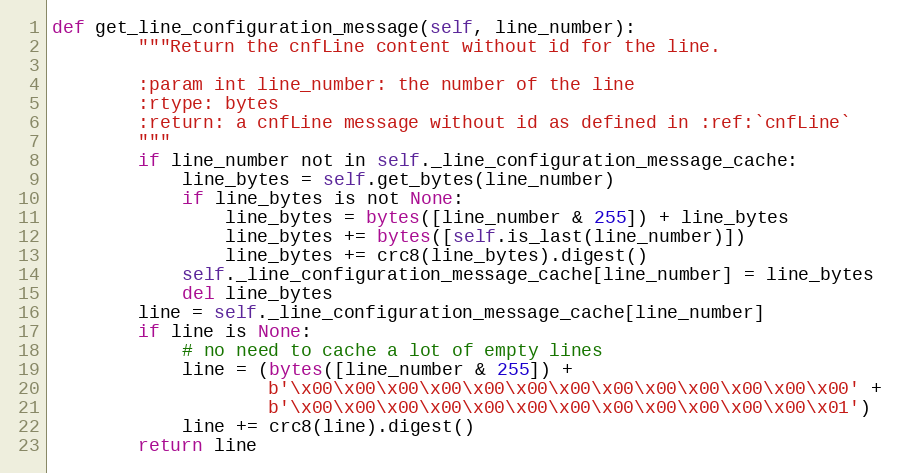
Language: Python
def get_line_configuration_message(self, line_number):
        """Return the cnfLine content without id for the line.

        :param int line_number: the number of the line
        :rtype: bytes
        :return: a cnfLine message without id as defined in :ref:`cnfLine`
        """
        if line_number not in self._line_configuration_message_cache:
            line_bytes = self.get_bytes(line_number)
            if line_bytes is not None:
                line_bytes = bytes([line_number & 255]) + line_bytes
                line_bytes += bytes([self.is_last(line_number)])
                line_bytes += crc8(line_bytes).digest()
            self._line_configuration_message_cache[line_number] = line_bytes
            del line_bytes
        line = self._line_configuration_message_cache[line_number]
        if line is None:
            # no need to cache a lot of empty lines
            line = (bytes([line_number & 255]) +
                    b'\x00\x00\x00\x00\x00\x00\x00\x00\x00\x00\x00\x00\x00' +
                    b'\x00\x00\x00\x00\x00\x00\x00\x00\x00\x00\x00\x00\x01')
            line += crc8(line).digest()
        return line